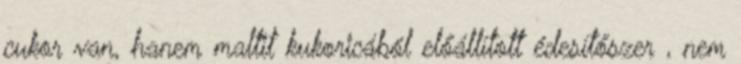
cukor van, hanem maltit kukoricából előállított édesítőszer , nem